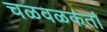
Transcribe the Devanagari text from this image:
चळवळकर्ता